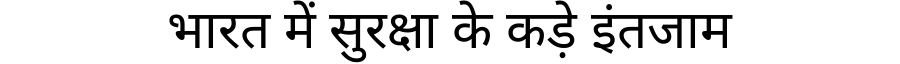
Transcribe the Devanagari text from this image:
भारत में सुरक्षा के कड़े इंतजाम